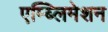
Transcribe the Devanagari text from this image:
एम्ब्लिमेशन